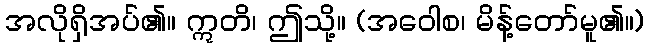
အလိုရှိအပ်၏။ ဣတိ၊ ဤသို့။ (အဝေါစ၊ မိန့်တော်မူ၏။)